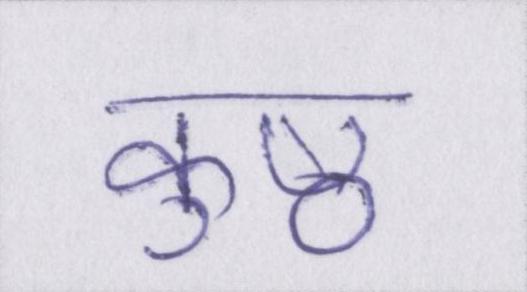
कुष्ठ